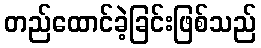
တည်ထောင်ခဲ့ခြင်းဖြစ်သည်